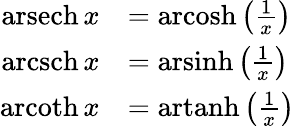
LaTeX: {\begin{array}{rl}{\operatorname{arsech}x}&{=\operatorname{arcosh}\left({\frac{1}{x}}\right)}\\ {\operatorname{arcsch}x}&{=\operatorname{arsinh}\left({\frac{1}{x}}\right)}\\ {\operatorname{arcoth}x}&{=\operatorname{artanh}\left({\frac{1}{x}}\right)}\end{array}}